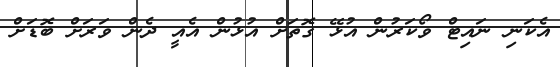
އެކަނި ނައިޓް ވޯކަރުން އުޅޭ ގޮތަށް އުޅުން އެއީ ދެން ވަރަށް ބޮޑަށް